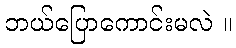
ဘယ်ပြောကောင်းမလဲ ။